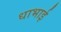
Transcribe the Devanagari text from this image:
धाभाई